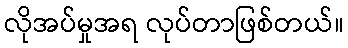
လိုအပ်မှုအရ လုပ်တာဖြစ်တယ်။